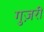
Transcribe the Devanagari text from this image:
गुज़रीं